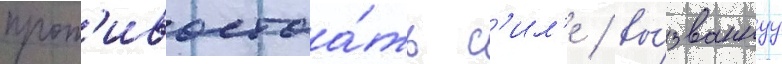
прот'ивостоа́ть с'ил'е / вы́званнуу